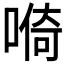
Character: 𱓺